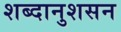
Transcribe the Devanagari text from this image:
शब्दानुशसन